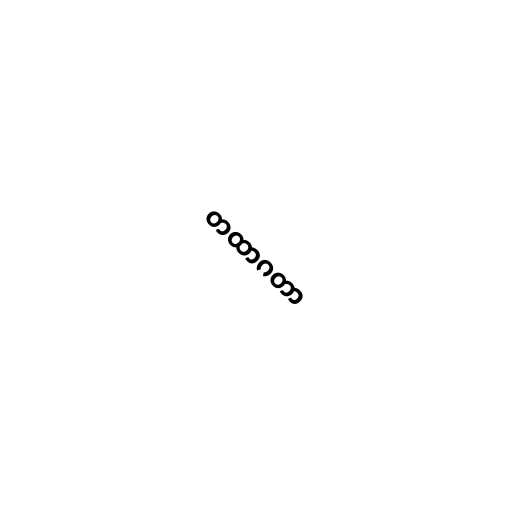
တထာဂတာ